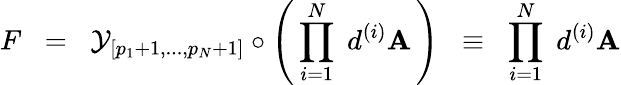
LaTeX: F\; \; =\; \; {\cal{Y}}_{[p_{1}+1,...,p_{N}+1]}\circ\left(\, \prod_{i=1}^{N}\; d^{(i)}\mathbf{A}\, \right)\; \; \equiv\; \; \prod_{i=1}^{N}\; d^{(i)}\mathbf{A}